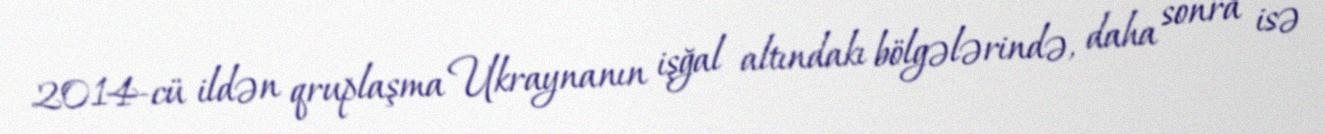
2014-cü ildən qruplaşma Ukraynanın işğal altındakı bölgələrində, daha sonra isə